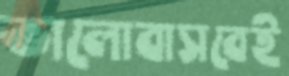
ভালোবাসবেই